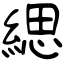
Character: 緦